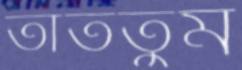
তাততুম